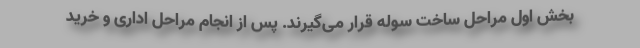
بخش اول مراحل ساخت سوله قرار می‌گیرند. پس از انجام مراحل اداری و خرید